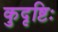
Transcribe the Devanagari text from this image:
कुदृष्टिः